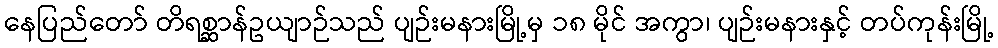
နေပြည်တော် တိရစ္ဆာန်ဥယျာဉ်သည် ပျဉ်းမနားမြို့မှ ၁၈ မိုင် အကွာ၊ ပျဉ်းမနားနှင့် တပ်ကုန်းမြို့